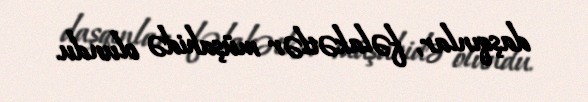
daşqınlar, fəlakətlər müşahidə olundu.